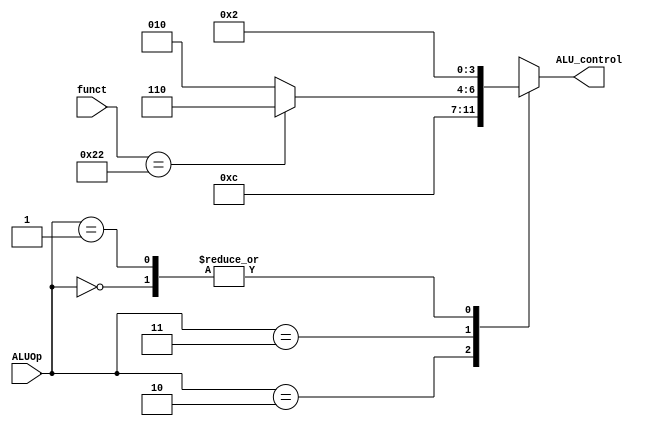
`timescale 1ns / 1ps

module ALUControl(funct,ALUOp,ALU_control);
input [5:0]funct;
input [1:0]ALUOp;
output [3:0]ALU_control;
parameter lw_op=2'b00; 
parameter sw_op=2'b01; 
parameter beq_op=2'b10; 
parameter R_op=2'b11; 
parameter ADD = 4'b0010;
parameter SUB = 4'b0110;
//parameter SLL = 4'b010;
parameter OR = 4'b0001;
//parameter AND = 4'b0000;
//parameter SLTU = 4'b101;
//parameter XOR = 4'b111; 
parameter ADD_funct=6'b100000;
parameter SUB_funct=6'b100010;
reg [3:0]ALU_control=0;
always@(ALUOp,funct)begin
case(ALUOp)
beq_op: ALU_control=SUB;
R_op:begin
if(funct==SUB_funct)ALU_control=SUB; 
else ALU_control=ADD;
end
lw_op:ALU_control=ADD;
sw_op:ALU_control=ADD;
default :ALU_control=0;
endcase
end
endmodule